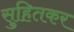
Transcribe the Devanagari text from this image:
सुहितकर